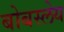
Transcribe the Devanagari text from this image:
बोबस्लेय